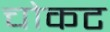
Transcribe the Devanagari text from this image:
चोकट